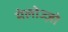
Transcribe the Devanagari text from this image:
मेलोज्ज़ो